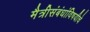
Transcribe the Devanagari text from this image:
मैत्रीसंबंधांविषयीचे